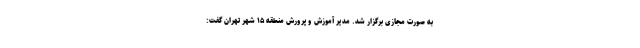
به صورت مجازی برگزار شد. مدیر آموزش و پرورش منطقه ۱۵ شهر تهران گفت: